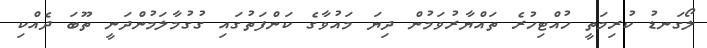
ލޯގަނޑު ކުރިމަތީ ހުއްޓިހުރެ ތައްޔާރުވަމުން ދިޔަ މައުވާގެ ކަންފަތުގައި ގުގުމާލަމުންދަނީ ތޫބަ ދެއްކި